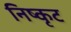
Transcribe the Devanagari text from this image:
निष्कृट